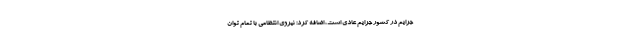
جرایم در کشور جرایم عادی است، اضافه کرد: نیروی انتظامی با تمام توان